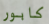
كابور